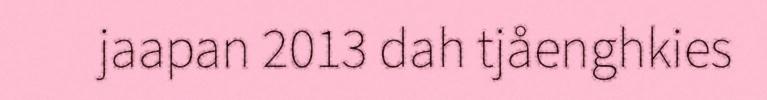
jaapan 2013 dah tjåenghkies